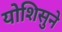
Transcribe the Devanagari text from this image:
योशिसुने